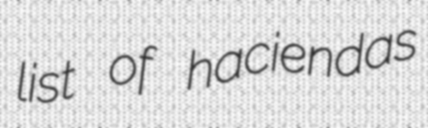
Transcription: list of haciendas